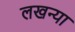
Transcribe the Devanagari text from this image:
लखन्या